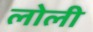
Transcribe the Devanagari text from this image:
लोली